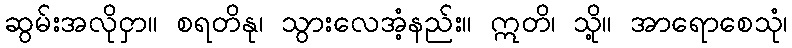
ဆွမ်းအလိုငှာ။ စရတိနု၊ သွားလေအံ့နည်း။ ဣတိ၊ သို့။ အာရောစေသုံ၊